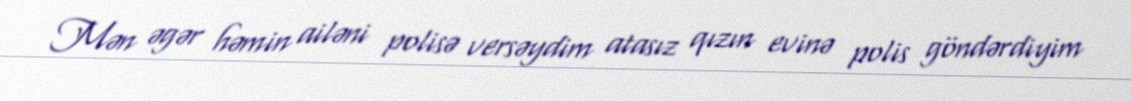
Mən əgər həmin ailəni polisə versəydim atasız qızın evinə polis göndərdiyim